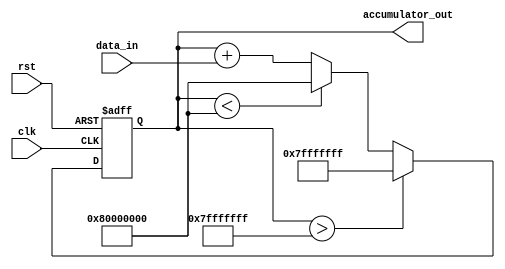
module accumulator (
    input wire clk,
    input wire rst,
    input wire [15:0] data_in,
    output reg [31:0] accumulator_out
);

reg [31:0] accumulator_internal;
reg overflow_flag;

always @(posedge clk or posedge rst) begin
    if (rst) begin
        accumulator_internal <= 32'b0;
        overflow_flag <= 1'b0;
    end else begin
        accumulator_internal <= accumulator_internal + data_in;
        if (accumulator_internal > 32'h7FFFFFFF) begin // Check for overflow
            accumulator_internal <= 32'h7FFFFFFF; // Saturate to max value
            overflow_flag <= 1'b1;
        end else if (accumulator_internal < -32'h80000000) begin // Check for underflow
            accumulator_internal <= -32'h80000000; // Saturate to min value
            overflow_flag <= 1'b1;
        end else begin
            overflow_flag <= 1'b0;
        end
    end
end

assign accumulator_out = accumulator_internal;

endmodule